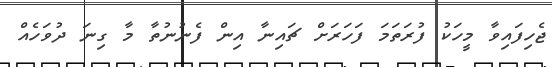
ޖެހިފައިވާ މީހަކު ފުރަތަމަ ފަހަރަށް ޗައިނާ އިން ފެނުނުތާ މާ ގިނަ ދުވަހެއް